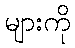
များကို